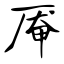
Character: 厣